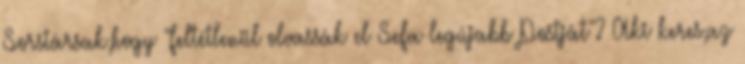
Sorstársak,hogy "feltétlenül olvassák el Sefa legújabb Postját"? Aki keres,az